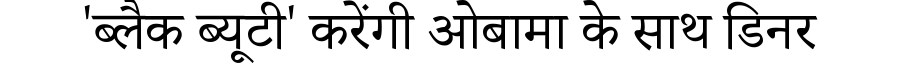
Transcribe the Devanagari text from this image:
'ब्लैक ब्यूटी' करेंगी ओबामा के साथ डिनर